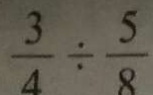
\frac { 3 } { 4 } \div \frac { 5 } { 8 }